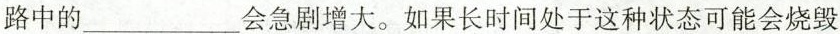
路中的___会急剧增大。如果长时间处于这种状态可能会烧毁